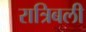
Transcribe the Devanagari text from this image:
रात्रिबली